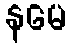
နမေ